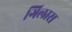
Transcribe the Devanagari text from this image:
गिलास